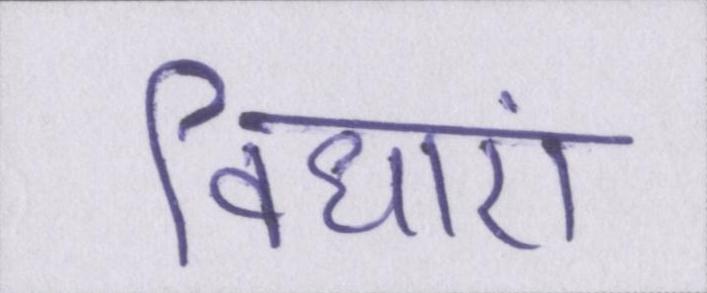
विधाएं